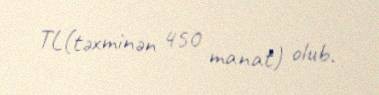
TL(təxminən 450 manat) olub.